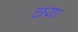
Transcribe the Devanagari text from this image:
चया